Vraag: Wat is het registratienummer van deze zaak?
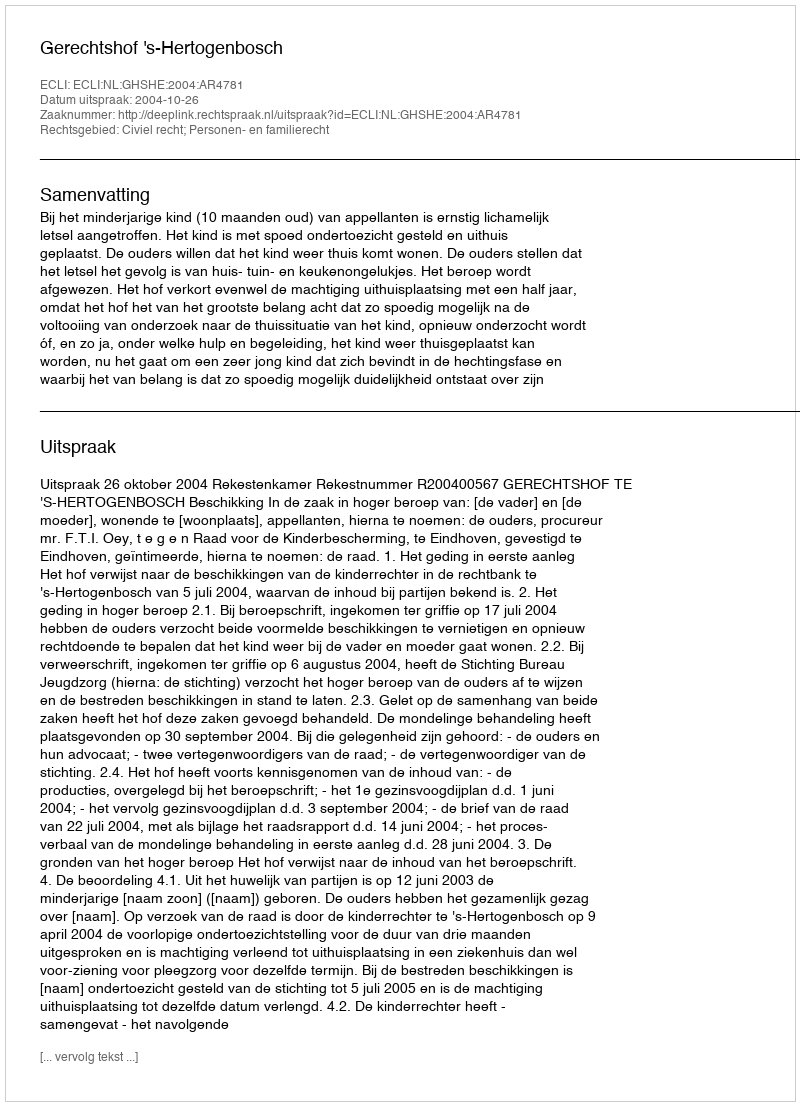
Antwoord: http://deeplink.rechtspraak.nl/uitspraak?id=ECLI:NL:GHSHE:2004:AR4781